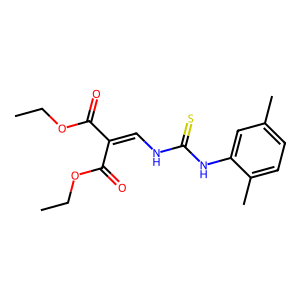
SMILES: CCOC(=O)C(=CNC(=S)Nc1cc(C)ccc1C)C(=O)OCC
Inhibits HIV replication: No